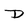
Character: D